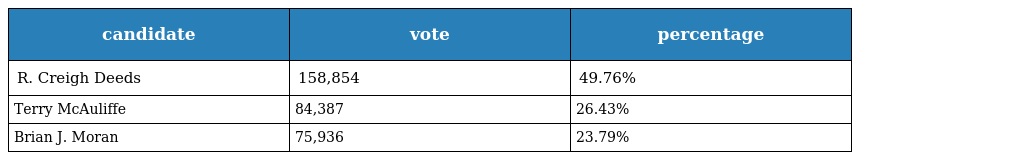
| candidate | vote | percentage |
 | --- | --- | --- |
 | R. Creigh Deeds | 158,854 | 49.76% |
 | Terry McAuliffe | 84,387 | 26.43% |
 | Brian J. Moran | 75,936 | 23.79% |